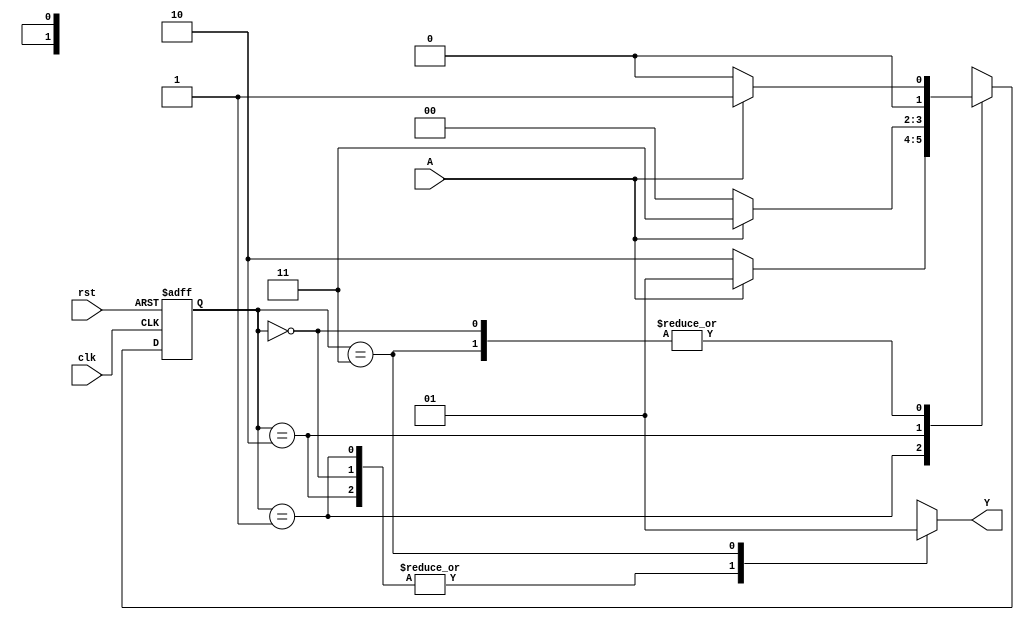
// Code your design here
module moore_noverlap(Y,A,clk,rst);
  input A;
  input clk;
  input rst;
  output reg Y;
  
  //current and next states
  reg [1:0] cst, nst;
  
  //assigning binary values to the states
  parameter s0=2'b00, s1=2'b01, s2=2'b10, s3=2'b11;
  
  always @ (cst or A)
    begin
      case(cst)
        
        s0:
          begin
            Y=1'b0;
            nst=A?s1:s0;
      
          end
        
        s1:
          begin
            Y=1'b0;
            nst=A?s1:s2;
            
          end
        
        s2:
          begin
            Y=1'b0;
            nst=A?s3:s0;
            
          end
        
        s3:
          begin
            Y=1'b1;
            nst=A?s1:s0;
            
          end
        
        //default: nst=s0;
        
      endcase
    end
  always @ (posedge clk or posedge rst)
    begin
      if(rst)
        cst=s0;
      else
        cst=nst;
    end
endmodule

// Code your testbench here
// or browse Examples
module moore_noverlap_tb();
  reg A,clk,rst;
  wire Y;
  moore_noverlap m1(Y,A,clk,rst);
  
  initial begin
    $dumpfile("dump.vcd");
    $dumpvars;
  end
  
  initial begin
    clk=0;
    rst=1;
    A=0;
    #10 rst=0; A=1; #20;
    A=0; #20; A=1; #20;
    A=0; #20; A=1; #20;
    A=1; #20; A=0; #20;
    A=1; #20; A=0; #20;
    #200 $stop;
  end
  //always #20 A=!A;
  always #10 clk=!clk;
endmodule